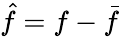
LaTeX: \hat{f}=f-\bar{f}